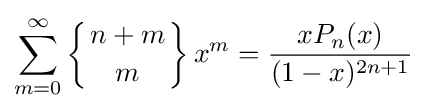
\sum _{m=0}^{\infty }\left\{{n+m \atop m}\right\}x^{m}={\frac {xP_{n}(x)}{(1-x)^{2n+1}}}